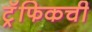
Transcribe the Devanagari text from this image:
ट्रॅफिकची